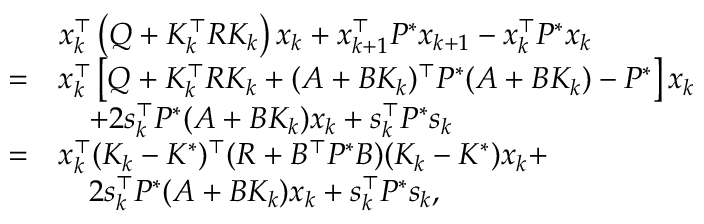
\begin{array} { r l } & { x _ { k } ^ { \top } \left( Q + K _ { k } ^ { \top } R K _ { k } \right) x _ { k } + x _ { k + 1 } ^ { \top } P ^ { * } x _ { k + 1 } - x _ { k } ^ { \top } P ^ { * } x _ { k } } \\ { = } & { x _ { k } ^ { \top } \left[ Q + K _ { k } ^ { \top } R K _ { k } + ( A + B K _ { k } ) ^ { \top } P ^ { * } ( A + B K _ { k } ) - P ^ { * } \right] x _ { k } } \\ & { \quad + 2 s _ { k } ^ { \top } P ^ { * } ( A + B K _ { k } ) x _ { k } + s _ { k } ^ { \top } P ^ { * } s _ { k } } \\ { = } & { x _ { k } ^ { \top } ( K _ { k } - K ^ { * } ) ^ { \top } ( R + B ^ { \top } P ^ { * } B ) ( K _ { k } - K ^ { * } ) x _ { k } + } \\ & { \quad 2 s _ { k } ^ { \top } P ^ { * } ( A + B K _ { k } ) x _ { k } + s _ { k } ^ { \top } P ^ { * } s _ { k } , } \end{array}